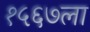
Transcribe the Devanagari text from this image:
१५६७ला